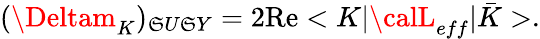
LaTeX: (\Deltam_{K})_{\mathfrak{S}U\mathfrak{S}Y}=2\mathrm{{Re}}<K|{\calL}_{eff}|\bar{{K}}>.